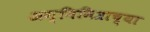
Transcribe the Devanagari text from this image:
अग्निमित्राच्या